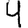
Digit: 4